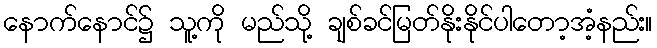
နောက်နောင်၌ သူ့ကို မည်သို့ ချစ်ခင်မြတ်နိုးနိုင်ပါတော့အံ့နည်း။